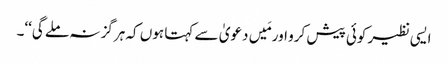
ایسی نظیر کوئی پیش کرو اور مَیں دعویٰ سے کہتا ہوں کہ ہرگز نہ ملے گی‘‘۔